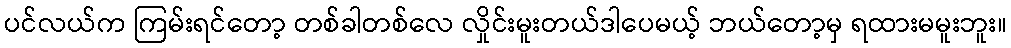
ပင်လယ်က ကြမ်းရင်တော့ တစ်ခါတစ်လေ လှိုင်းမူးတယ်ဒါပေမယ့် ဘယ်တော့မှ ရထားမမူးဘူး။